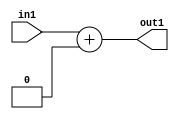
`timescale 1ps / 1ps
/*****************************************************************************
    Verilog RTL Description
    
    
    Created by: CellMath Designer 2019.1.01 
*******************************************************************************/

module DFT_compute_Add_8U_6_4 (
	in1,
	out1
	); /* architecture "behavioural" */ 
input [7:0] in1;
output [7:0] out1;
wire [7:0] asc001;

assign asc001 = 
	+(in1)
	+(8'B00000000);

assign out1 = asc001;
endmodule

/* CADENCE  urjyTAg= : u9/ySgnWtBlWxVPRXgAZ4Og= ** DO NOT EDIT THIS LINE ******/